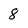
Character: 8